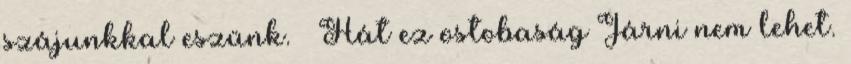
szájunkkal eszünk. – Hát ez ostobaság Járni nem lehet.